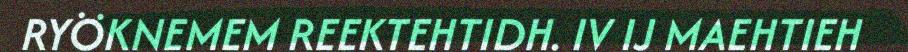
RYÖKNEMEM REEKTEHTIDH. IV IJ MAEHTIEH